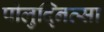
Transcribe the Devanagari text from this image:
पोलुद्नित्सा